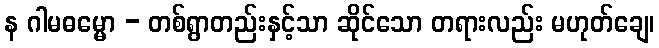
န ဂါမဓမ္မော - တစ်ရွာတည်းနှင့်သာ ဆိုင်သော တရားလည်း မဟုတ်ချေ၊